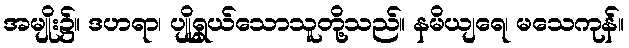
အမျိုး၌။ ဒဟရာ၊ ပျိုရွှယ်သောသူတို့သည်။ နမိယျရေ၊ မသေကုန်။